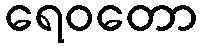
ရေဝတော